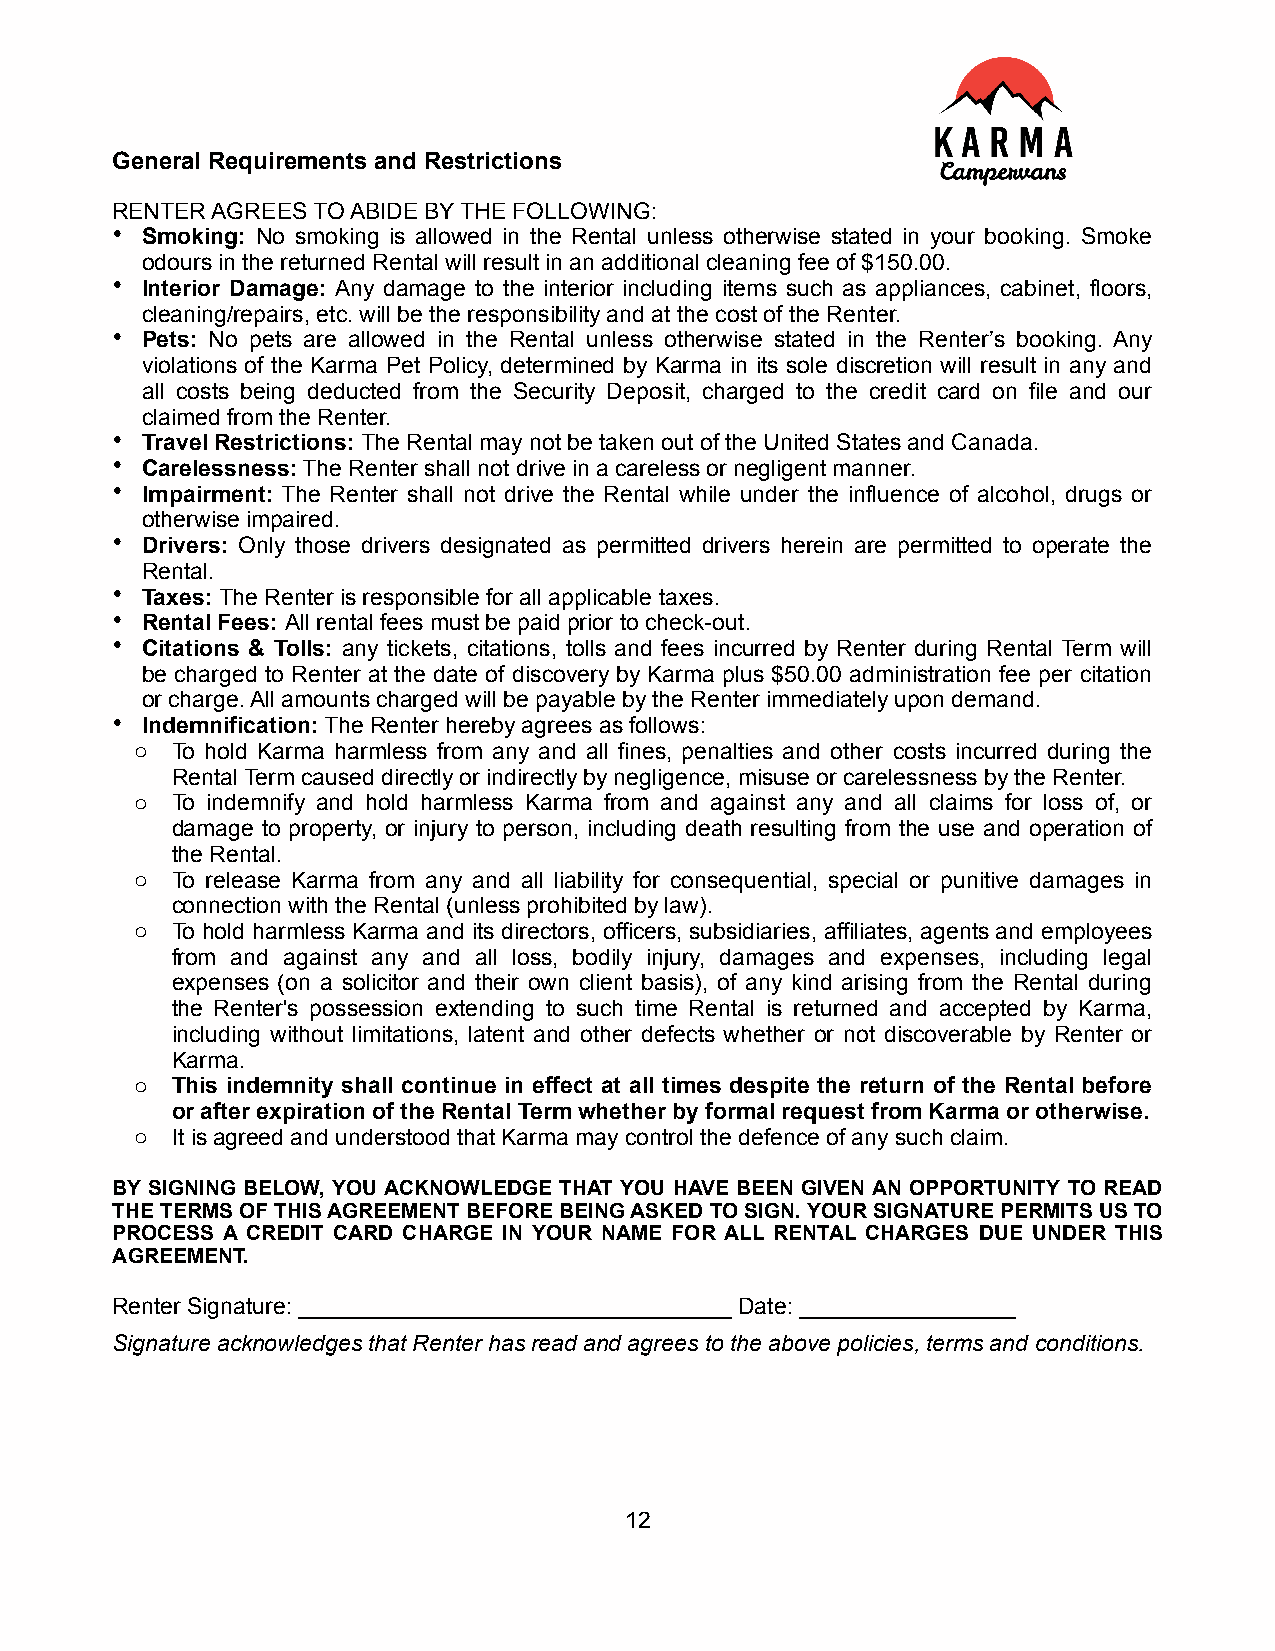
General Requirements and Restrictions
 RENTER AGREES TO ABIDE BY THE FOLLOWING:
 • Smoking: No smoking is allowed in the Rental unless otherwise stated in your booking. Smoke
 odours in the returned Rental will result in an additional cleaning fee of $150.00.
 • Interior Damage: Any damage to the interior including items such as appliances, cabinet, floors,
 cleaning/repairs, etc. will be the responsibility and at the cost of the Renter.
 • Pets: No pets are allowed in the Rental unless otherwise stated in the Renter’s booking. Any
 violations of the Karma Pet Policy, determined by Karma in its sole discretion will result in any and
 all costs being deducted from the Security Deposit, charged to the credit card on file and our
 claimed from the Renter.
 • Travel Restrictions: The Rental may not be taken out of the United States and Canada.
 • Carelessness: The Renter shall not drive in a careless or negligent manner.
 • Impairment: The Renter shall not drive the Rental while under the influence of alcohol, drugs or
 otherwise impaired.
 • Drivers: Only those drivers designated as permitted drivers herein are permitted to operate the
 Rental.
 • Taxes: The Renter is responsible for all applicable taxes.
 • Rental Fees: All rental fees must be paid prior to check-out.
 • Citations & Tolls: any tickets, citations, tolls and fees incurred by Renter during Rental Term will
 be charged to Renter at the date of discovery by Karma plus $50.00 administration fee per citation
 or charge. All amounts charged will be payable by the Renter immediately upon demand.
 • Indemnification: The Renter hereby agrees as follows:
 o To hold Karma harmless from any and all fines, penalties and other costs incurred during the
 Rental Term caused directly or indirectly by negligence, misuse or carelessness by the Renter.
 o To indemnify and hold harmless Karma from and against any and all claims for loss of, or
 damage to property, or injury to person, including death resulting from the use and operation of
 the Rental.
 o To release Karma from any and all liability for consequential, special or punitive damages in
 connection with the Rental (unless prohibited by law).
 o To hold harmless Karma and its directors, officers, subsidiaries, affiliates, agents and employees
 from and against any and all loss, bodily injury, damages and expenses, including legal
 expenses (on a solicitor and their own client basis), of any kind arising from the Rental during
 the Renter's possession extending to such time Rental is returned and accepted by Karma,
 including without limitations, latent and other defects whether or not discoverable by Renter or
 Karma.
 o This indemnity shall continue in effect at all times despite the return of the Rental before
 or after expiration of the Rental Term whether by formal request from Karma or otherwise.
 o It is agreed and understood that Karma may control the defence of any such claim.
 BY SIGNING BELOW, YOU ACKNOWLEDGE THAT YOU HAVE BEEN GIVEN AN OPPORTUNITY TO READ
 THE TERMS OF THIS AGREEMENT BEFORE BEING ASKED TO SIGN. YOUR SIGNATURE PERMITS US TO
 PROCESS A CREDIT CARD CHARGE IN YOUR NAME FOR ALL RENTAL CHARGES DUE UNDER THIS
 AGREEMENT.
 Renter Signature: __________________________________ Date: _________________
 Signature acknowledges that Renter has read and agrees to the above policies, terms and conditions.
 12